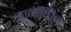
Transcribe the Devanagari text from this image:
चाकांतील